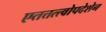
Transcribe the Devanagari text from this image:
एतत्तत्त्वोपदेशेन